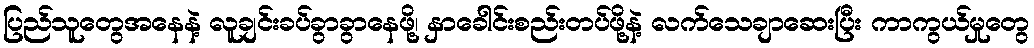
ပြည်သူတွေအနေနဲ့ လူချင်းခပ်ခွာခွာနေဖို့၊ နှာခေါင်းစည်းတပ်ဖို့နဲ့ လက်သေချာဆေးပြီး ကာကွယ်မှုတွေ